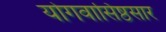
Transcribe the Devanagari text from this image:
योगवासिष्ठसार